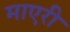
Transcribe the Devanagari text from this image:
माएरी